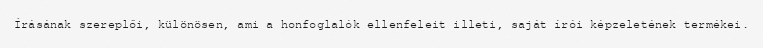
Írásának szereplői, különösen, ami a honfoglalók ellenfeleit illeti, saját írói képzeletének termékei.